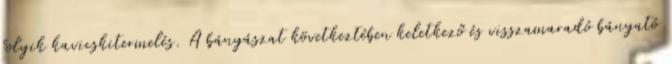
folyik kavicskitermelés. A bányászat következtében keletkező és visszamaradó bányató